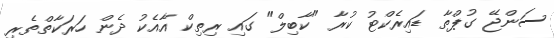
ސަންޖޭ ގުޕްތާ ޑައިރެކްޓު ކުރާ "ކާބިލް" ގައި ރިތިކް އާއެކު ދެން ހަރަކާތްތެރި